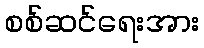
စစ်ဆင်ရေးအား